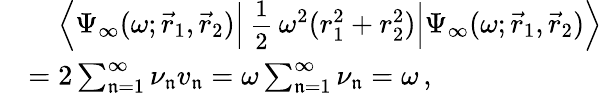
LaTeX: \begin{array}{rl}&{\mathrel{\phantom{=}}\Bigl\langle\Psi_{\infty}(\omega;\vec{r}_{1},\vec{r}_{2})\Big|\mathrm{\small~\displaystyle\frac{1}{2}~}\omega^{2}(r_{1}^{2}+r_{2}^{2})\Big|\Psi_{\infty}(\omega;\vec{r}_{1},\vec{r}_{2})\Bigr\rangle}\\ &{=2\sum_{\mathfrak{n}=1}^{\infty}\nu_{\mathfrak{n}}v_{\mathfrak{n}}=\omega\sum_{\mathfrak{n}=1}^{\infty}\nu_{\mathfrak{n}}=\omega\, ,}\end{array}